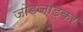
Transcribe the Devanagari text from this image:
जोड़जोड़कर